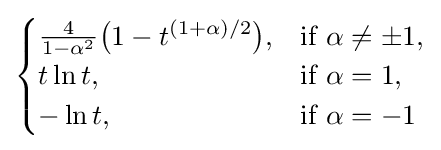
{\begin{cases}{\frac {4}{1-\alpha ^{2}}}{\big (}1-t^{(1+\alpha )/2}{\big )},&{\text{if}}\ \alpha \neq \pm 1,\\t\ln t,&{\text{if}}\ \alpha =1,\\-\ln t,&{\text{if}}\ \alpha =-1\end{cases}}